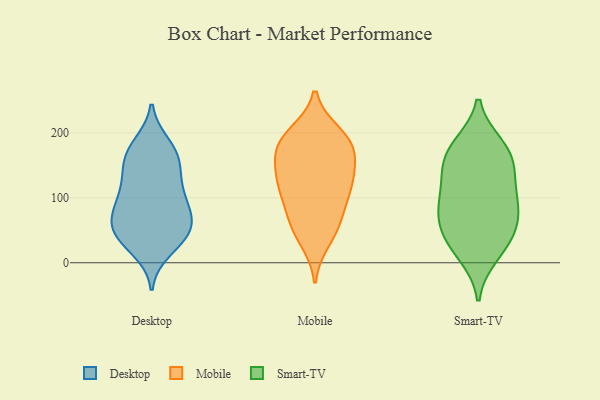
{"axis": {"x": "Demand Index", "y": "Value"}, "legend": ["Desktop", "Mobile", "Smart-TV"], "data": [{"x": "", "y": 93, "type": "Desktop"}, {"x": "", "y": 84, "type": "Desktop"}, {"x": "", "y": 58, "type": "Desktop"}, {"x": "", "y": 120, "type": "Desktop"}, {"x": "", "y": 73, "type": "Desktop"}, {"x": "", "y": 20, "type": "Desktop"}, {"x": "", "y": 163, "type": "Desktop"}, {"x": "", "y": 87, "type": "Desktop"}, {"x": "", "y": 143, "type": "Desktop"}, {"x": "", "y": 47, "type": "Desktop"}, {"x": "", "y": 138, "type": "Desktop"}, {"x": "", "y": 182, "type": "Desktop"}, {"x": "", "y": 170, "type": "Desktop"}, {"x": "", "y": 59, "type": "Desktop"}, {"x": "", "y": 35, "type": "Desktop"}, {"x": "", "y": 172, "type": "Desktop"}, {"x": "", "y": 40, "type": "Desktop"}, {"x": "", "y": 109, "type": "Desktop"}, {"x": "", "y": 44, "type": "Desktop"}, {"x": "", "y": 184, "type": "Mobile"}, {"x": "", "y": 64, "type": "Mobile"}, {"x": "", "y": 194, "type": "Mobile"}, {"x": "", "y": 127, "type": "Mobile"}, {"x": "", "y": 33, "type": "Mobile"}, {"x": "", "y": 126, "type": "Mobile"}, {"x": "", "y": 200, "type": "Mobile"}, {"x": "", "y": 121, "type": "Mobile"}, {"x": "", "y": 103, "type": "Mobile"}, {"x": "", "y": 46, "type": "Mobile"}, {"x": "", "y": 149, "type": "Mobile"}, {"x": "", "y": 86, "type": "Mobile"}, {"x": "", "y": 194, "type": "Mobile"}, {"x": "", "y": 172, "type": "Mobile"}, {"x": "", "y": 173, "type": "Mobile"}, {"x": "", "y": 66, "type": "Mobile"}, {"x": "", "y": 160, "type": "Mobile"}, {"x": "", "y": 119, "type": "Mobile"}, {"x": "", "y": 156, "type": "Smart-TV"}, {"x": "", "y": 37, "type": "Smart-TV"}, {"x": "", "y": 12, "type": "Smart-TV"}, {"x": "", "y": 99, "type": "Smart-TV"}, {"x": "", "y": 24, "type": "Smart-TV"}, {"x": "", "y": 64, "type": "Smart-TV"}, {"x": "", "y": 165, "type": "Smart-TV"}, {"x": "", "y": 53, "type": "Smart-TV"}, {"x": "", "y": 70, "type": "Smart-TV"}, {"x": "", "y": 181, "type": "Smart-TV"}, {"x": "", "y": 93, "type": "Smart-TV"}, {"x": "", "y": 134, "type": "Smart-TV"}, {"x": "", "y": 139, "type": "Smart-TV"}, {"x": "", "y": 95, "type": "Smart-TV"}, {"x": "", "y": 181, "type": "Smart-TV"}]}